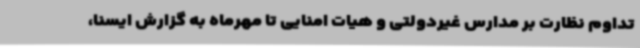
تداوم نظارت بر مدارس غیردولتی و هیات امنایی تا مهرماه به گزارش ایسنا،